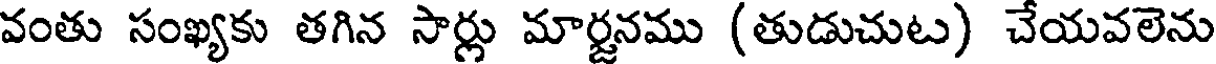
వంతు సంఖ్యకు తగిన సార్లు మార్జనము (తుడుచుట) చేయవలెను